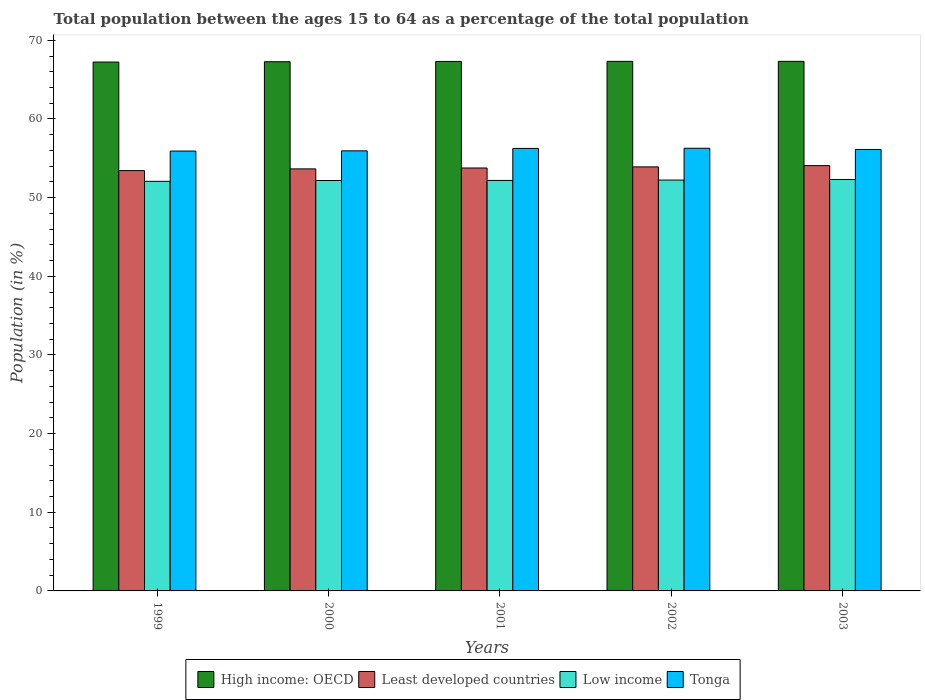
| Years | High income: OECD | Least developed countries | Low income | Tonga |
 | --- | --- | --- | --- | --- |
 | 1999 | 67.2 | 53.4 | 52.1 | 55.9 |
 | 2000 | 67.3 | 53.7 | 52.2 | 56 |
 | 2001 | 67.3 | 53.8 | 52.2 | 56.3 |
 | 2002 | 67.3 | 53.9 | 52.2 | 56.3 |
 | 2003 | 67.3 | 54.1 | 52.3 | 56.1 |